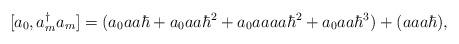
LaTeX: \begin{align*}[a_{0},a_{m}^{\dagger}a_{m}]=(a_{0}aa\hbar+a_{0}aa\hbar^{2}+a_{0}aaaa\hbar^{2}+a_{0}aa\hbar^{3})+(aaa\hbar),\end{align*}